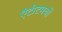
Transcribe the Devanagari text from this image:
ऍंटीटमची